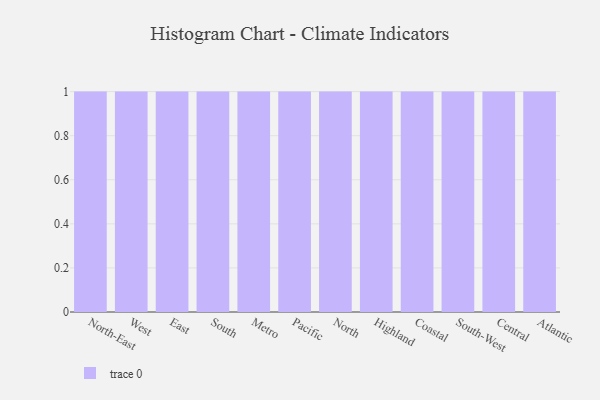
{"axis": {"x": "Region", "y": "Conversion Rate (%)"}, "legend": [""], "data": [{"x": "North-East", "y": 59, "type": ""}, {"x": "West", "y": 4, "type": ""}, {"x": "East", "y": 74, "type": ""}, {"x": "South", "y": 38, "type": ""}, {"x": "Metro", "y": 5, "type": ""}, {"x": "Pacific", "y": 35, "type": ""}, {"x": "North", "y": 27, "type": ""}, {"x": "Highland", "y": 87, "type": ""}, {"x": "Coastal", "y": 8, "type": ""}, {"x": "South-West", "y": 7, "type": ""}, {"x": "Central", "y": 21, "type": ""}, {"x": "Atlantic", "y": 89, "type": ""}]}